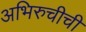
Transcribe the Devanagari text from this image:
अभिरुचीची